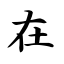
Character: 在